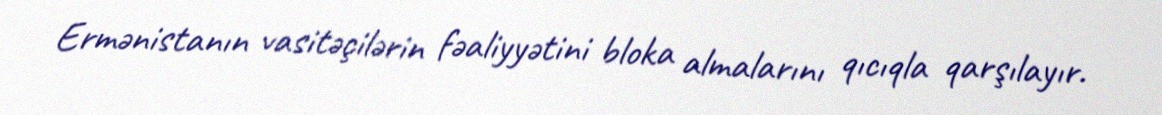
Ermənistanın vasitəçilərin fəaliyyətini bloka almalarını qıcıqla qarşılayır.